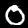
Label: 0